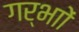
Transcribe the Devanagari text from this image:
गर्भाों